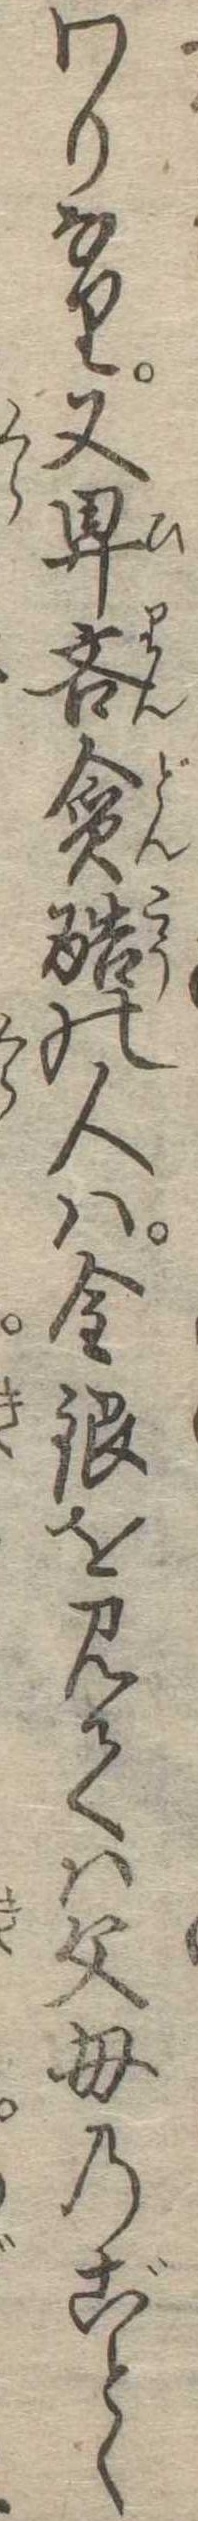
わりなり又卑吝貪酷の人は金銀を見ては父母のごとく